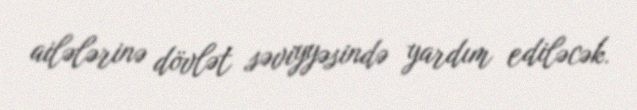
ailələrinə dövlət səviyyəsində yardım ediləcək.